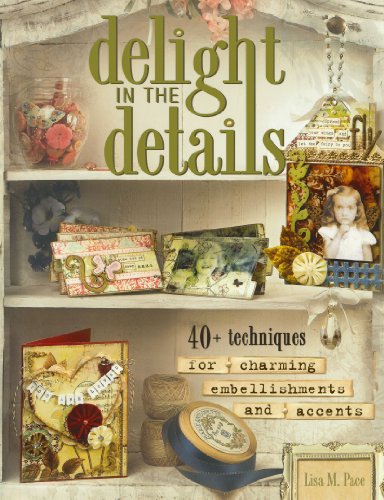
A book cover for Delight in the Details: 40+ Techniques for Charming Embellishments and Accents; Lisa M. Pace; Crafts, Hobbies & Home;